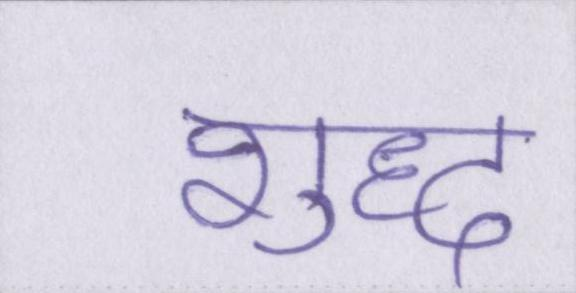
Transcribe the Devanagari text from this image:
शुध्द